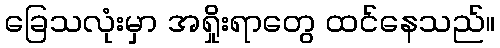
ခြေသလုံးမှာ အရှိုးရာတွေ ထင်နေသည်။